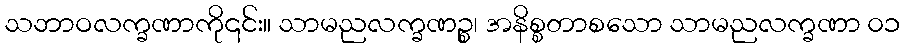
သဘာဝလက္ခဏာကို၎င်း။ သာမညလက္ခဏဉ္စ၊ အနိစ္စတာစသော သာမညလက္ခဏာ ၀၁